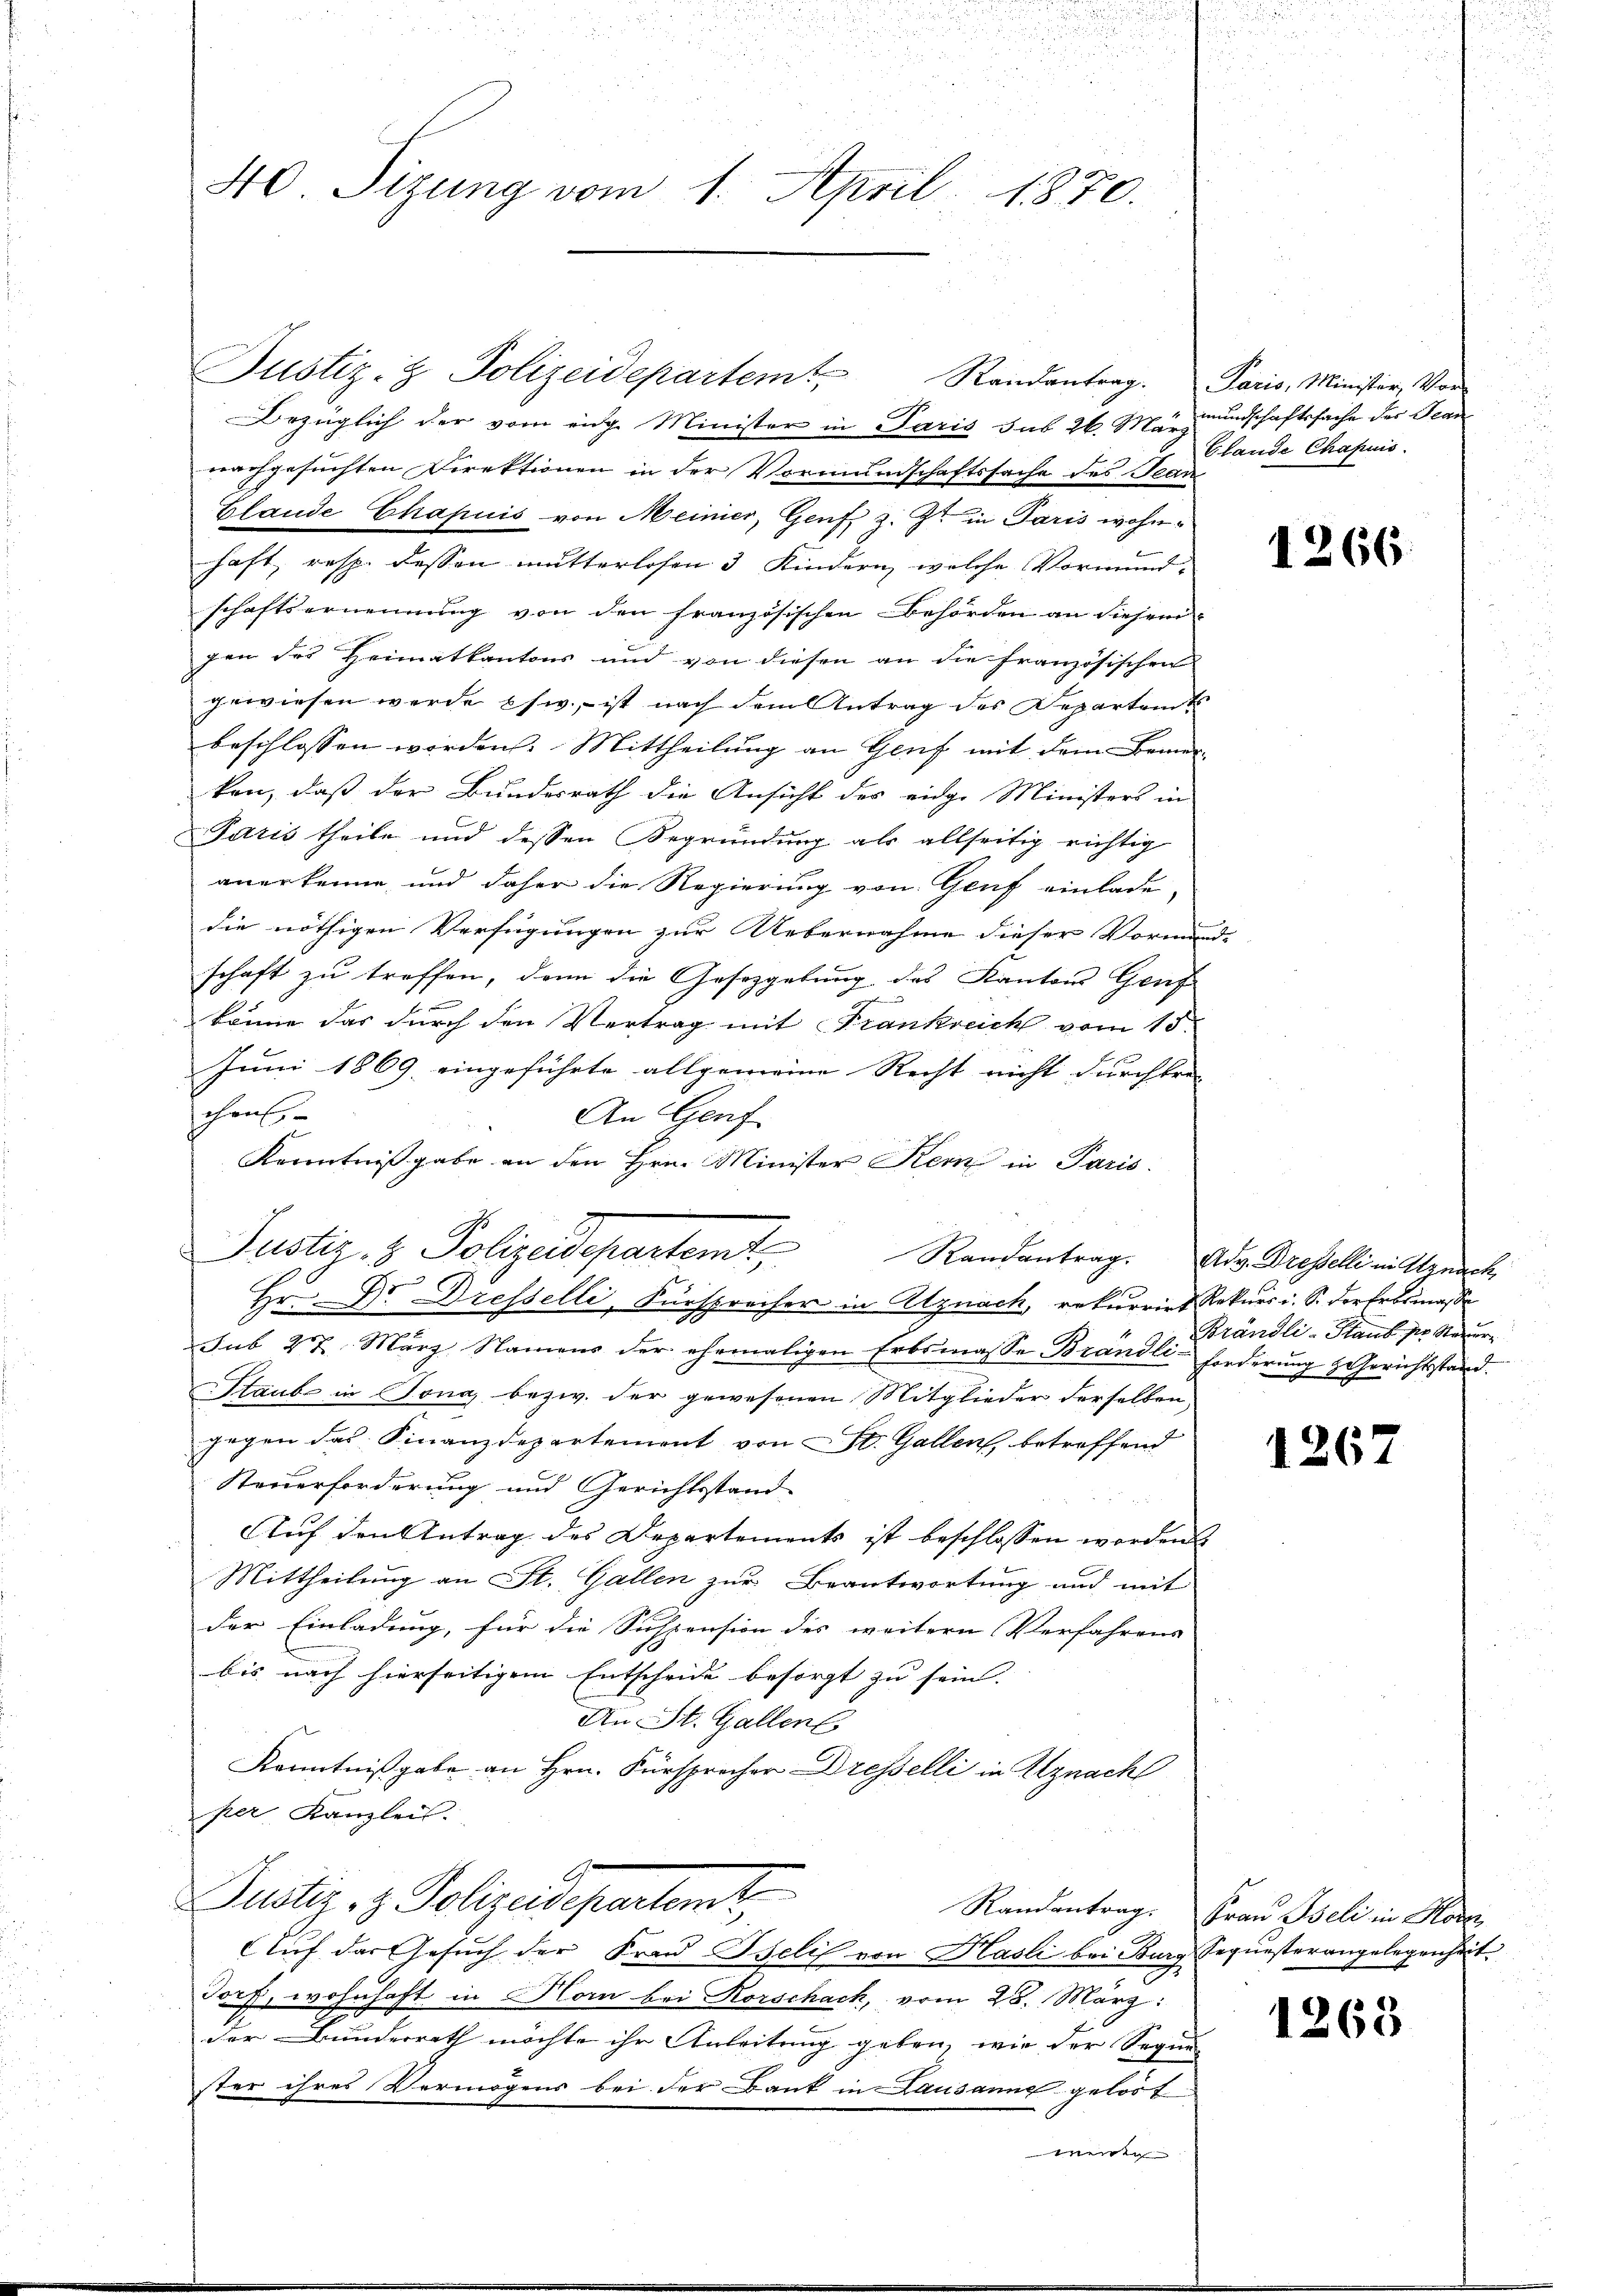
40 Sizung vom 1. April 1870.

Justiz- & Polizeidepartamt,

Justiz- & Polizeidepartemt Randantrag. Paris, Minister, Vor-

d

Bezüglich der vom eige Minister in Paris das 26. d. Grundschaftssache des Jean
nachgesuchten Direktionen in der Vormundschaftssache des Jean
Elande Chapuis von Meinier, Genf z. Zt. in Paris wohnhaft, resp. dessen mutterlosen 3 Kindern, welche Vormundschaftsernennung von den französischen Behörden an diesem
gen des Heimatkantons und von diesen an die französischen
gewiesen werde psw., – ist nach dem Antrag des Departen
beschlossen worden. Mittheilung an Genf mit dem Bemerken, daß der Bundesrath die Ansicht des eidge Ministers in
Paris theile und dessen Begründung als allseitig richtig
anerkenne, und daher die Regierung von Genf einlade,
die nöthigen Verfügungen zur Uebernahme dieser Vormund- |
schaft zu treffen, dann die Gesetzgebung des Kantons Genf
könne das durch den Vertrag mit Frankreich vom 15.
Juni 1869 eingeführte allgemeine Recht nicht durchkre- |
chen
An Genf
Kenntnißgabe an den Hrn. Minister Kern in Paris
Randantrag. Adv. Dresselli in Agnach
Hr. Dr. Dresselli, Fürsprecher in Atznach, rekurrirt Rekurs i. S. der Erbsmasse
sub 27. März Namens der ehemaligen Erbsmasse Brandli-Forderung & Gerichtstand.
Staubs in Tona, bezw. der gewesenen Mitglieder derselben,
gegen das Finanzdepartement von St. Gallen, betreffend
Steuerforderung und Gerichtsstand
Auf den Antrag des Departements ist beschlossen worden.
Mittheilung an St. Gallen zur Beantwortung und mit
der Einladung, für die Suspension des weitern Verfahrens
bis nach hierseitigem Entscheide besorgt zu sein. |
An St. Gallent
Kenntnißgabe an Hrn. Fürsprecher Dresselli in Uznach
per, Kanzlei.
Justiz- & Polizeidepartamt,
Randantrag. Frau Iseli in Hore
AAuf das Gesuch der Frau Iselis von Hasli bei Burg Sequesterangelegenheit:
13x Dorf, wohnhaft in Horn bei Korschach, vom 28. März:
der Bunderrath möchte ihr Anleitung geben, wie der Segne
ster ihres Vermögens bei der Bank in Lausanne gelöst
werden

Elande Chapuis

1266.

Brändli-Staub der Steuer

1267

1263